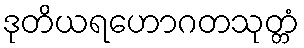
ဒုတိယရဟောဂတသုတ္တံ